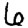
Digit: 6